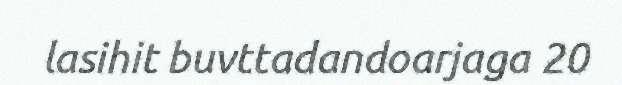
lasihit buvttadandoarjaga 20